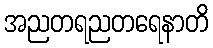
အညတရညတရေနာတိ